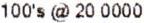
100'S @ 20 0000